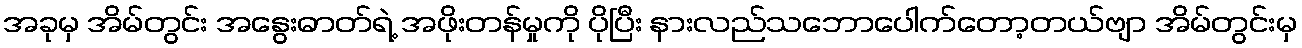
အခုမှ အိမ်တွင်း အနွေးဓာတ်ရဲ့ အဖိုးတန်မှုကို ပိုပြီး နားလည်သဘောပေါက်တော့တယ်ဗျာ အိမ်တွင်းမှ